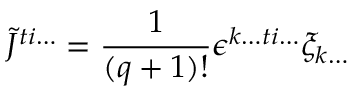
\tilde { J } ^ { t i \ldots } = \frac { 1 } { ( q + 1 ) ! } \epsilon ^ { k \ldots t i \ldots } \xi _ { k \ldots }